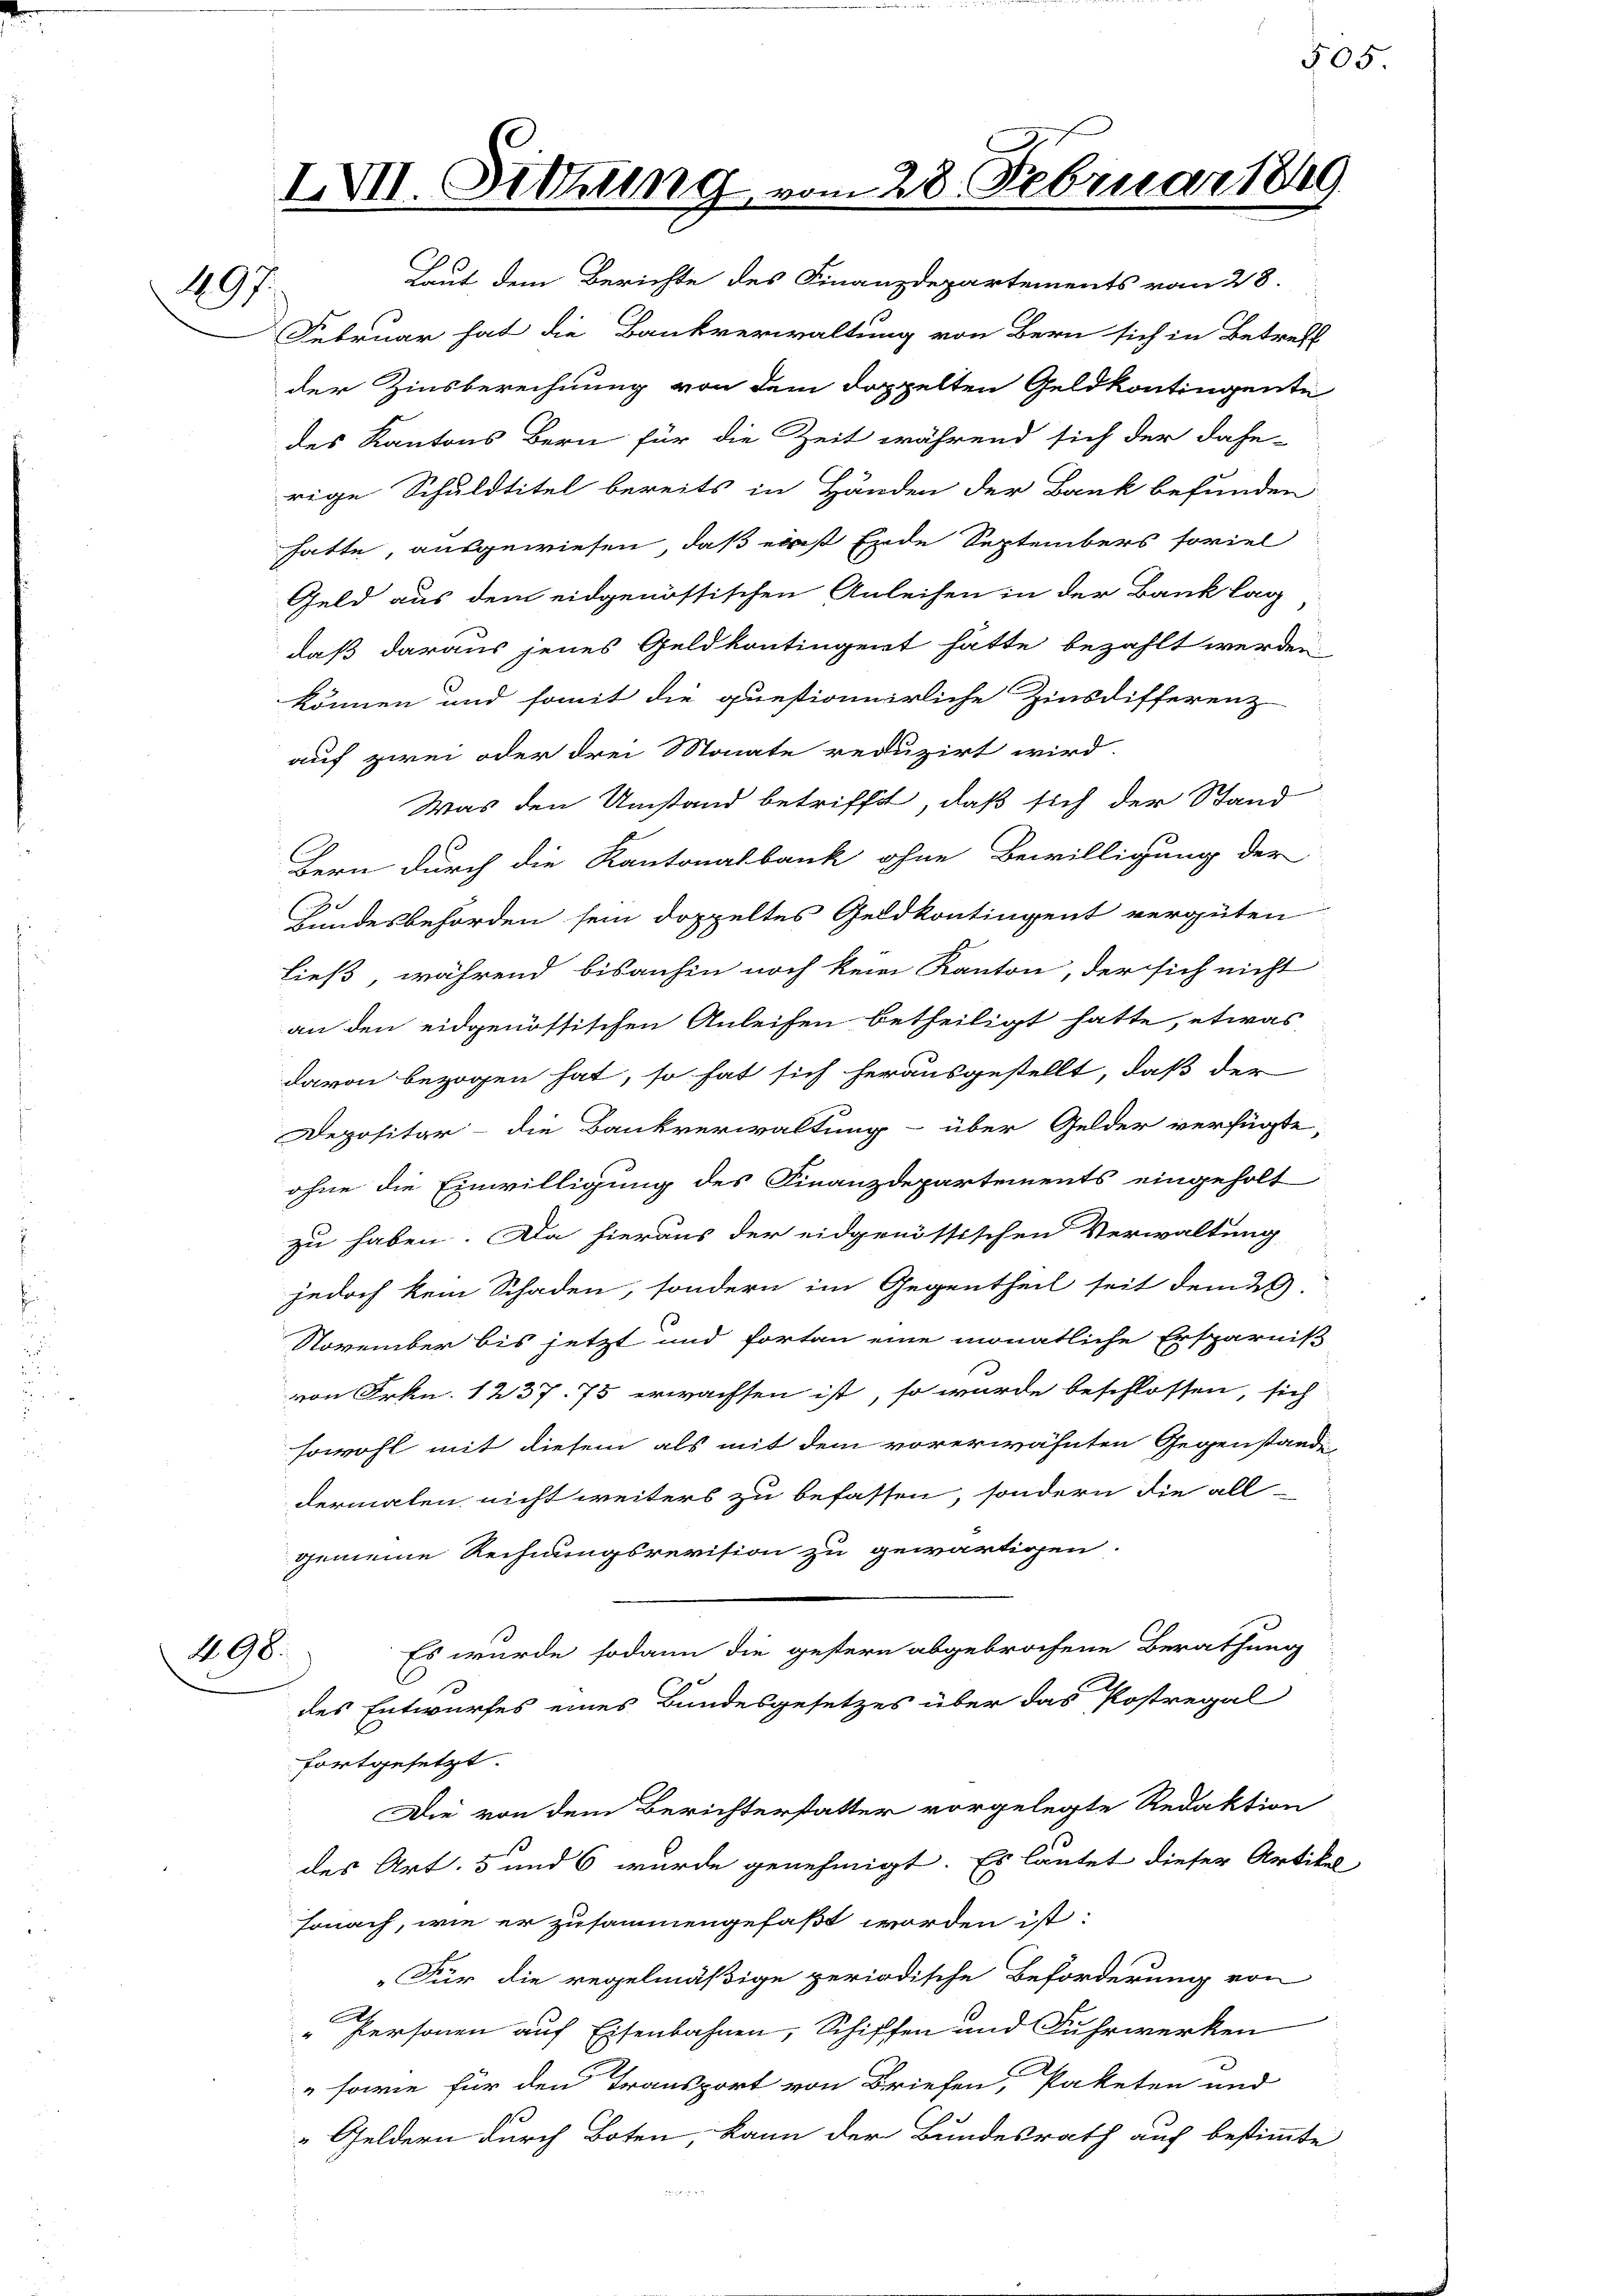
1897.

498.

IVII. Sitzung vom 28. Februar 1849

Laut dem Berichte des Finanzdepartements vom 28.
Februar hat die Bankverwaltung von Bern sich in Betreff
der Zinsberechnung von dem doppelten Geldkontingente
des Kantons Bern für die Zeit während sich der dahe-
rige Schuldtitel bereits in Händen der Bank befunden
hatte, ausgewiesen, daß erst Ende Septembers soviel
Geld aus dem eidgenössischen Anleihen in der Bank lag
daß daraus jenes Geldkontingent hätte bezahlt werden.
können und somit die questionuirliche Zinsdifferenz-
auf zwei oder drei Monate reduzirt wird.
Was den Umstand betrifft, daß sich der Stand
Bern durch die Kantonalbank ohne Bewilligung der
Bundesbehörden sein doppeltes Geldkontingent vergüten
ließ, während bisanhin noch kein Kanton, der sich nicht
an den eidgenössischen Anleihen betheiligt hatte, etwas
davon bezogen hat, so hat sich herausgestellt, daß der
Depositar - die Bankverwaltung über Gelder verfügte,
ohne die Einwilligung des Finanzdepartements eingeholt
zu haben. Da hieraus der eidgenössischen Verwaltung
jedoch kein Schaden, sondern im Gegentheil seit dem 29.
November bis jetzt und fortan eine monatliche Ersparnis
von Frkn. 1237. 75 erwachsen ist, so wurde beschlossen, sich
sowohl mit diesem als mit dem vorerwähnten Gegenstand
dermalen nicht weiters zu befassen, sondern die all-
gemeine Rechnungsrevision zu gewärtigen.
Es wurde sodann die gestern abgebrochene Berathung
.
des Entwurfes eines Bundesgesetzes über das Postregal
fortgesetzt.
Die von dem Berichterstatter vorgelegte Redaktion
des Art. 5 und 6 wurde genehmigt. Es lautet dieser Artike
sonach, wie er zusammengefaßt worden ist:
„Für die regelmäßige periodische Beförderung von
„Personen auf Eisenbahnen, Schiffen und Fuhrwerken
forie für den Transport von Briefen, Paketen und
"Geldern durch Boten, kann der Bundesrath auf bestimmte

505